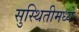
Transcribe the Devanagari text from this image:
सुस्थितीमध्ये